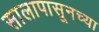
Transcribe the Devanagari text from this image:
सालापासूनच्या